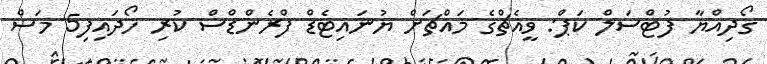
ގޯދިއްޔާ ފުޓްސަލް ކަޕް: ވީއެޗްގެ މައްޗަށް ޔުނައިޓެޑް ފްރެންޑްސް ކުރި ހޯދައިފި5 މަސް